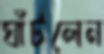
ঘাঁটলেন